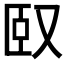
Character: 𠭃